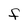
Character: F